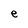
Character: e